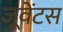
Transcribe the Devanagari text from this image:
जूवेंटस